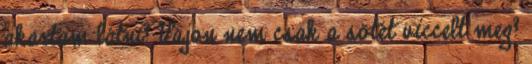
akartam látni? Vajon nem csak a sötét viccelt meg?